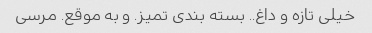
خیلی تازه و داغ.. بسته بندی تمیز. و به موقع. مرسی